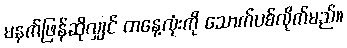
မနက်ဖြန်ဆိုလျှင် တနေ့လုံးကို သောက်ပစ်လိုက်မည်။